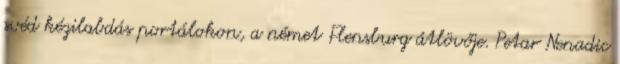
svéd kézilabdás portálokon, a német Flensburg átlövője. Petar Nenadic